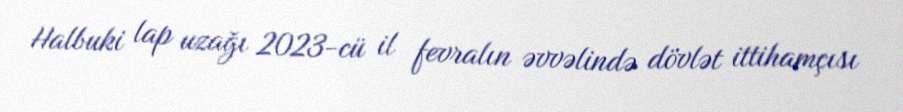
Halbuki lap uzağı 2023-cü il fevralın əvvəlində dövlət ittihamçısı